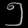
Digit: ၅